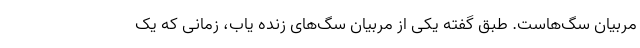
مربیان سگ‌هاست. طبق گفته یکی از مربیان سگ‌های زنده یاب، زمانی که یک